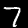
Label: 7